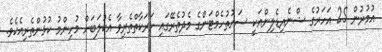
އުމުރުން 25 އަހަރުގެ ޝްނެއިޑެލިންއަކީ ސައުތުހެމްޓަންގެ މެދުތެރޭގައި ހަރަކާތްތެރިވާ އެކުލަބަށް މުހިންމު ކުޅުންތެރިއެކެވެ.